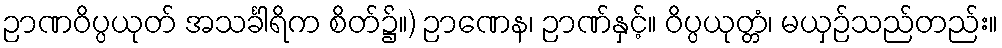
ဉာဏဝိပ္ပယုတ် အသင်္ခါရိက စိတ်၌။) ဉာဏေန၊ ဉာဏ်နှင့်။ ဝိပ္ပယုတ္တံ၊ မယှဉ်သည်တည်း။